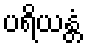
ပရိယန္တံ